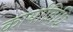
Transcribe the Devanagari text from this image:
कार्याविधि